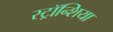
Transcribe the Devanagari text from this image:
स्ट्रॉन्शिया